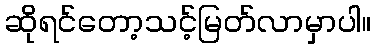
ဆိုရင်တော့သင့်မြတ်လာမှာပါ။